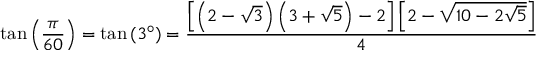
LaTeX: \tan \left( { \frac { \pi } { 6 0 } } \right) = \tan \left( 3 ^ { \circ } \right) = { \frac { \left[ \left( 2 - { \sqrt { 3 } } \right) \left( 3 + { \sqrt { 5 } } \right) - 2 \right] \left[ 2 - { \sqrt { 1 0 - 2 { \sqrt { 5 } } } } \right] } { 4 } }